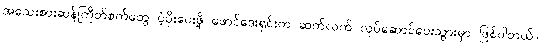
အသေးစားဆန်ကြိတ်စက်တွေ ပံ့ပိုးပေးဖို့ ဖောင်ဒေးရှင်းက ဆက်လက် လုပ်ဆောင်ပေးသွားမှာ ဖြစ်ပါတယ်။